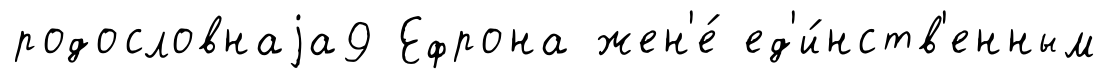
родословнаjа9 Ефрона жен'е́ ед'и́нств'енным